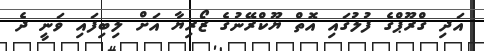
އަދި ގްރޫޕްގެ ފުލުގައި އޮތް ޔޫކްރޭނުގެ ޒޯރިޔާ އަށް ލިބިފައި ވަނީ ދެ